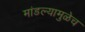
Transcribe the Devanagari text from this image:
मांडल्यामुळेच